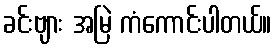
ခင်းဗျား အမြဲ ကံကောင်းပါတယ်။